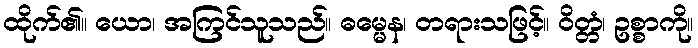
ထိုက်၏။ ယော၊ အကြင်သူသည်။ ဓမ္မေန၊ တရားသဖြင့်။ ဝိတ္တံ၊ ဥစ္စာကို။